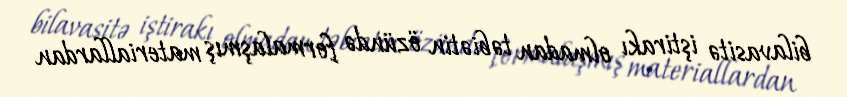
bilavasitə iştirakı olmadan təbiətin özündə formalaşmış materiallardan